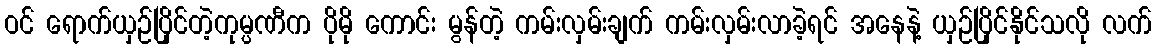
ဝင် ရောက်ယှဉ်ပြိုင်တဲ့ကုမ္ပဏီက ပိုမို ကောင်း မွန်တဲ့ ကမ်းလှမ်းချက် ကမ်းလှမ်းလာခဲ့ရင် အနေနဲ့ ယှဉ်ပြိုင်နိုင်သလို လက်